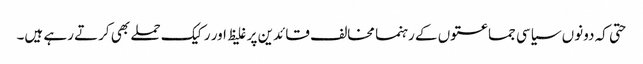
حتی کہ دونوں سیاسی جماعتوں کے رہنما مخالف قائدین پر غلیظ اور رکیک حملے بھی کرتے رہے ہیں۔